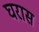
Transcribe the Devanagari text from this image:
घरास